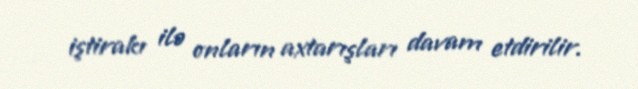
iştirakı ilə onların axtarışları davam etdirilir.